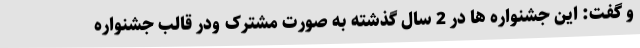
و گفت: این جشنواره ها در 2 سال گذشته به صورت مشترک ودر قالب جشنواره